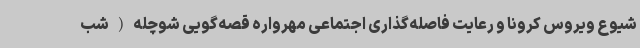
شیوع ویروس کرونا و رعایت فاصله‌گذاری اجتماعی مهرواره قصه‌گویی شوچله(شب